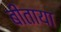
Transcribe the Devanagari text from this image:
बीताया